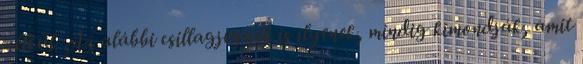
nélkül. Az alábbi csillagjegyek is ilyenek, mindig kimondják, amit